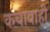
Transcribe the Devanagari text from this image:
कचावाही